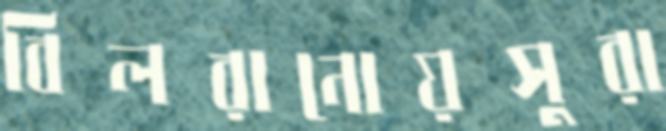
বিলরানোয়সুরা